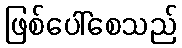
ဖြစ်ပေါ်စေသည်